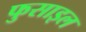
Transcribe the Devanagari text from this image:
फुसाइल